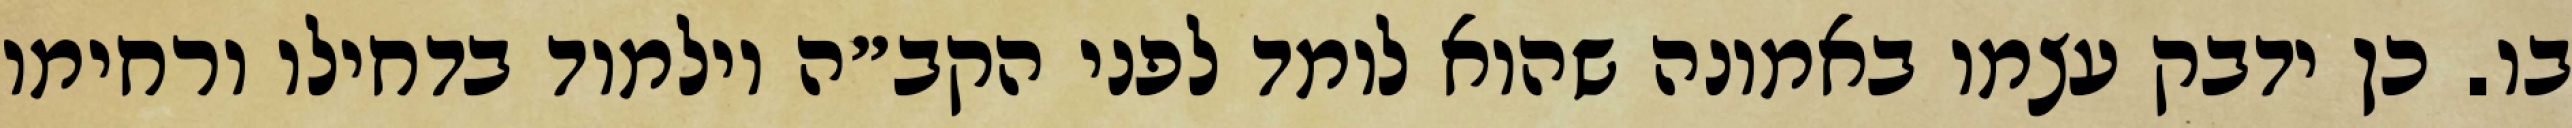
בו. כן ידבק עצמו באמונה שהוא לומד לפני הקב״ה וילמוד בדחילו ורחימו